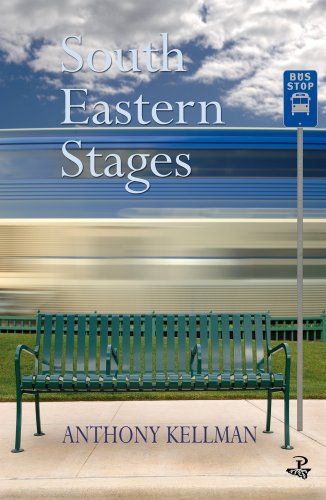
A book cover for South Eastern Stages; Anthony Kellman; Travel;